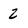
Character: 2